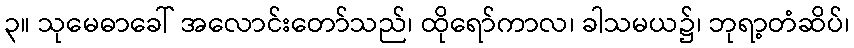
၃။ သုမေဓာခေါ် အလောင်းတော်သည်၊ ထိုရော်ကာလ၊ ခါသမယ၌၊ ဘုရာ့တံဆိပ်၊